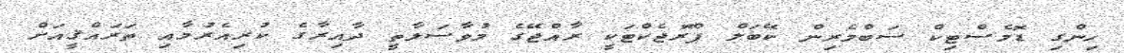
ހިންގި ޑޮމެސްޓިކް ސަބްމެރިން ކޭބަލް ޕްރޮޖެކްޓަކީ ރާއްޖޭގެ މުވާސަލާތީ ދާއިރާގެ ކުރިއެރުމާއި ތަރައްޤީއަށް